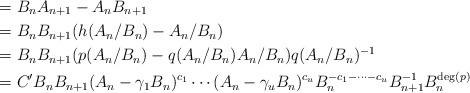
LaTeX: \begin{align*} &= B_n A_{n+1} - A_n B_{n+1} \\ &= B_n B_{n+1} (h(A_n/B_n) - A_n/B_n) \\ &= B_n B_{n+1} ( p(A_n/B_n) - q(A_n/B_n) A_n/B_n) q(A_n/B_n)^{-1} \\ &= C' B_n B_{n+1} (A_n - \gamma_1 B_n)^{c_1} \cdots (A_n - \gamma_u B_n)^{c_u} B_n^{-c_1-\cdots -c_u} B_{n+1}^{-1} B_n^{{\rm deg}(p)} \end{align*}